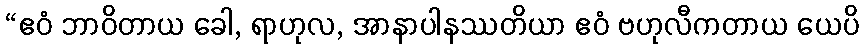
“ဧဝံ ဘာဝိတာယ ခေါ, ရာဟုလ, အာနာပါနဿတိယာ ဧဝံ ဗဟုလီကတာယ ယေပိ